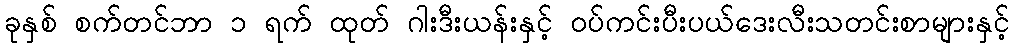
ခုနှစ် စက်တင်ဘာ ၁ ရက် ထုတ် ဂါးဒီးယန်းနှင့် ဝပ်ကင်းပီးပယ်ဒေးလီးသတင်းစာများနှင့်